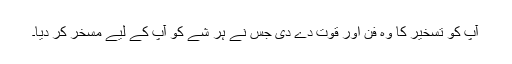
آپ کو تسخیر کا وہ فن اور قوت دے دی جس نے ہر شے کو آپ کے لیے مسخر کر دیا۔